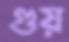
গুয়